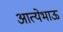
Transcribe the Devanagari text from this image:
आत्येभाऊ